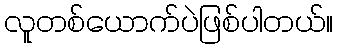
လူတစ်ယောက်ပဲဖြစ်ပါတယ်။